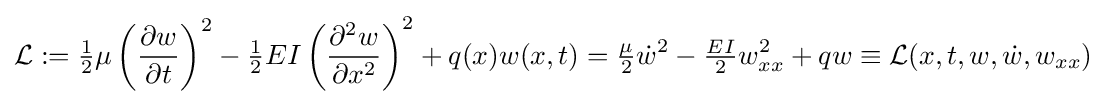
{\mathcal {L}}:={\tfrac {1}{2}}\mu \left({\frac {\partial w}{\partial t}}\right)^{2}-{\tfrac {1}{2}}EI\left({\frac {\partial ^{2}w}{\partial x^{2}}}\right)^{2}+q(x)w(x,t)={\tfrac {\mu }{2}}{\dot {w}}^{2}-{\tfrac {EI}{2}}w_{xx}^{2}+qw\equiv {\mathcal {L}}(x,t,w,{\dot {w}},w_{xx})